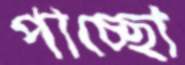
পাচ্ছো